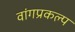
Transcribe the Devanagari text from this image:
वांगप्रकल्प